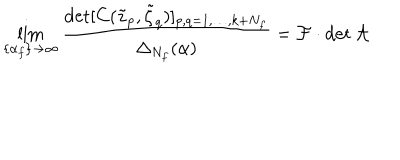
\lim _ { \{ \alpha _ { f } \} \to \infty } \frac { \det [ C ( \tilde { z } _ { p } , \tilde { \zeta } _ { q } ) ] _ { p , q = 1 , \dots , k + N _ { f } } } { \Delta _ { N _ { f } } ( \alpha ) } = \mathcal { F } \cdot \det \mathcal { A }